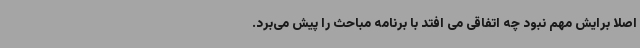
اصلا برایش مهم نبود چه اتفاقی می افتد با برنامه مباحث را پیش می‌برد.